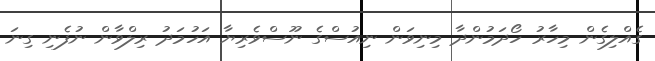
ގެއްލިގެން މިހާރު ހޯދަމުންދާ މިނިވަން ނިއުސްގެ ނޫސްވެރިޔާ އަހުމަދު ރިލްވާން ނުފެނި ގިނަ